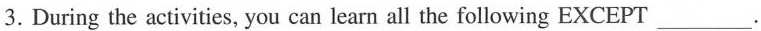
3. During the activities, you can learn all the following EXCEPT___.